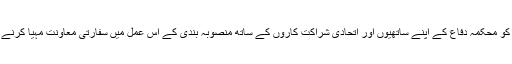
دفتر خارجہ کو محکمہ دفاع کے اپنے ساتھیوں اور اتحادی شراکت کاروں کے ساتھ منصوبہ بندی کے اس عمل میں سفارتی معاونت مہیا کرنے پر فخر ہے۔